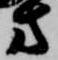
方